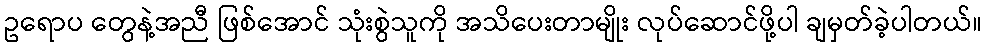
ဥရောပ တွေနဲ့အညီ ဖြစ်အောင် သုံးစွဲသူကို အသိပေးတာမျိုး လုပ်ဆောင်ဖို့ပါ ချမှတ်ခဲ့ပါတယ်။